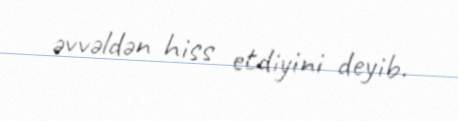
əvvəldən hiss etdiyini deyib.